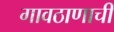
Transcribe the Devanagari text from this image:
गावठाणाची